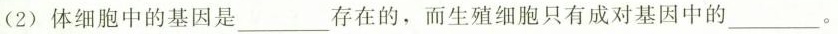
(2)体细胞中的基因是___存在的，而生殖细胞只有成对基因中的___。